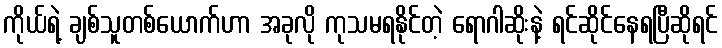
ကိုယ်ရဲ့ ချစ်သူတစ်ယောက်ဟာ အခုလို ကုသမရနိုင်တဲ့ ရောဂါဆိုးနဲ့ ရင်ဆိုင်နေရပြီဆိုရင်